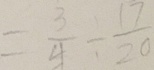
= \frac { 3 } { 4 } \div \frac { 1 7 } { 2 0 }